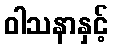
ဝါသနာနှင့်